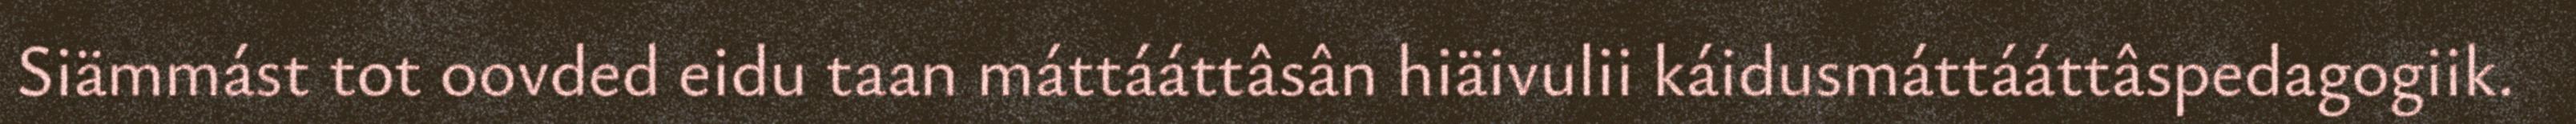
Siämmást tot oovded eidu taan máttááttâsân hiäivulii káidusmáttááttâspedagogiik.